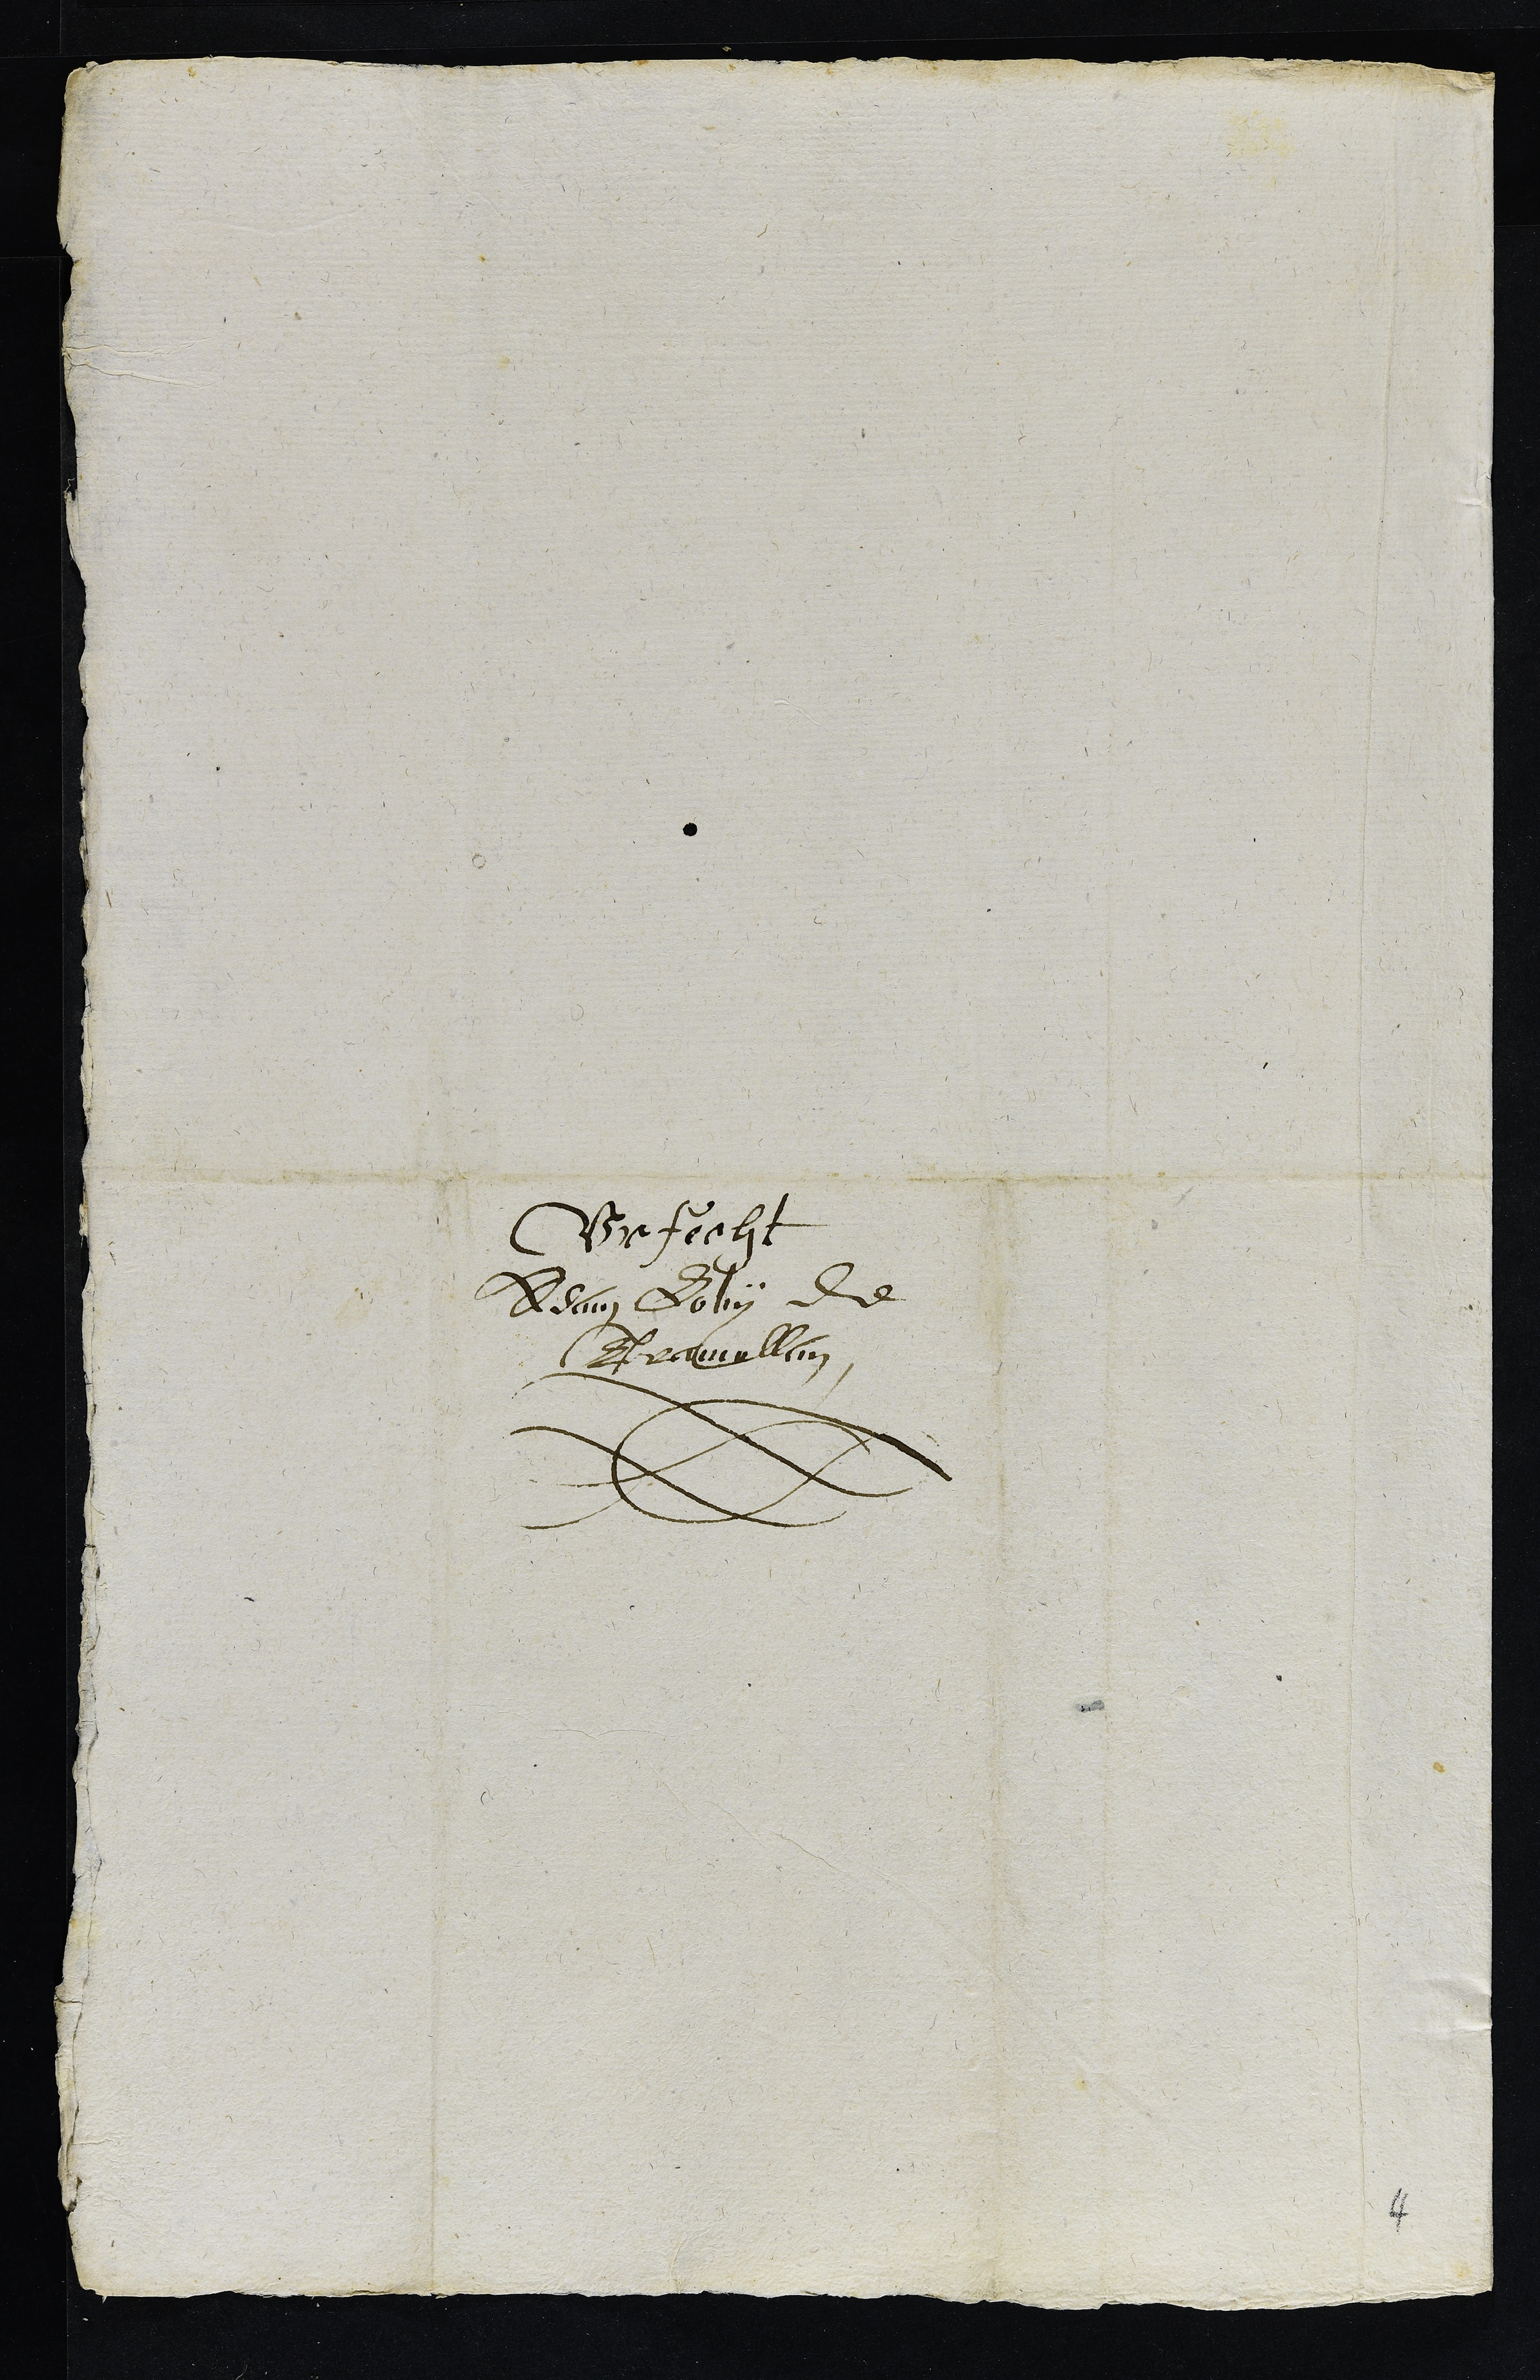
Vrfecht
Adam Lovy de
Tramellan
4